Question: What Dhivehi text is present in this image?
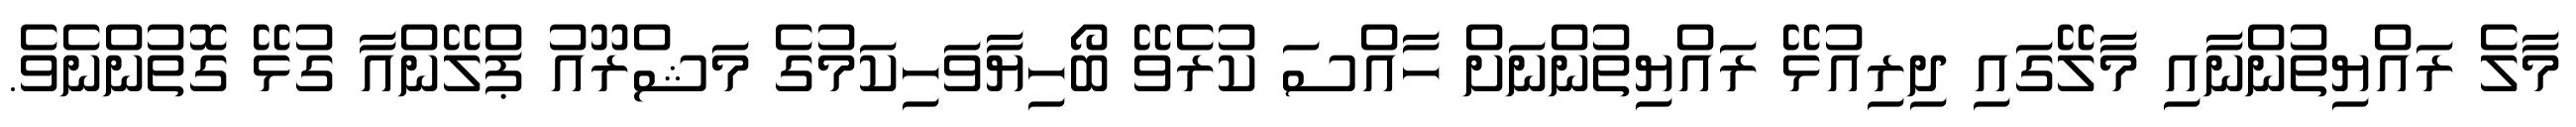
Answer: މާލެ ރައްޔިތުންނާއި މާލޭގައި ދިރިއުޅޭ ރައްޔިތުންނަށް ހާއްސަ ކުރެވޭ ބޯހިޔާވަހިކަމުގެ މަޝްރޫއު ޕްލޭންއާ ގުޅޭ ގޮތުންނެވެ.